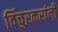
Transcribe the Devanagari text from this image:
विंचुरकरांनी